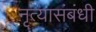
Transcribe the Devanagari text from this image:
नृत्यासंबंधी